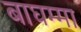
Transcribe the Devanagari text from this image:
बाघम्मा